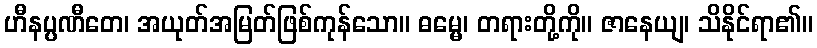
ဟီနပ္ပဏီတေ၊ အယုတ်အမြတ်ဖြစ်ကုန်သော။ ဓမ္မေ၊ တရားတို့ကို။ ဇာနေယျ၊ သိနိုင်ရာ၏။